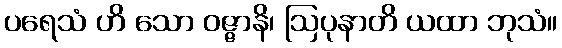
ပရေသံ ဟိ သော ဝဇ္ဇာနိ၊ ဩပုနာတိ ယထာ ဘုသံ။